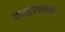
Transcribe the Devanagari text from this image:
वास्तुरचनेतील